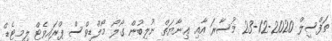
ތަފްސީލް 2020-12-23 މުސާރަ އާއި ޢިނާޔަތް ނުލިބުން ގޯލޯ މޯލްޑިވްސް ޕްރައިވެޓް ލިމިޓެޑް